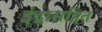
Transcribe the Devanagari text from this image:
इंद्रासहित